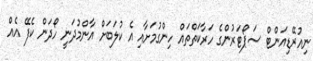
ނިއުރޭޑިއަންޓް ސަޕޯޓަރުންގެ ހަރާކަތްތައް ހިންގުމަށާއި އެ ކުލަބަށް އާންމުދަނީ ހޯދަން ކެފޭ އެއް